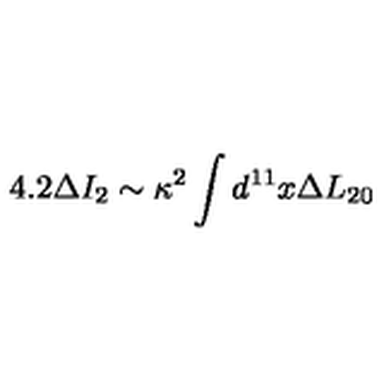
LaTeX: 4 . 2 \Delta I _ { 2 } \sim \kappa ^ { 2 } \int d ^ { 1 1 } x \Delta L _ { 2 0 }